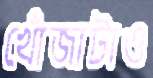
খোঁজাটাও